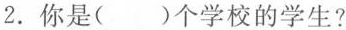
2.你是( )个学校的学生?